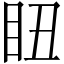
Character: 𥄨